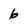
Character: 6